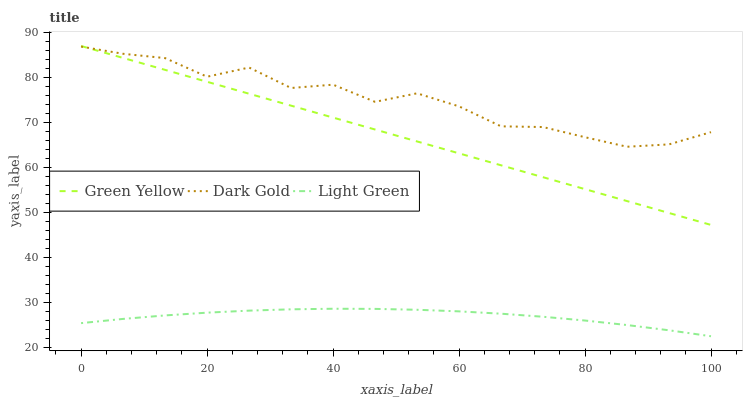
| xaxis_label | Green Yellow | Dark Gold | Light Green |
 | --- | --- | --- | --- |
 | 0 | 87 | 86.9 | 25.4 |
 | 6.67 | 84.3 | 85.3 | 26.3 |
 | 13.3 | 81.7 | 84.3 | 27.1 |
 | 20 | 79 | 80.2 | 27.7 |
 | 26.7 | 76.4 | 82.2 | 28.2 |
 | 33.3 | 73.7 | 77.7 | 28.5 |
 | 40 | 71.1 | 78.4 | 28.6 |
 | 46.7 | 68.4 | 74.6 | 28.6 |
 | 53.3 | 65.8 | 76.5 | 28.4 |
 | 60 | 63.1 | 73.6 | 28 |
 | 66.7 | 60.5 | 69.1 | 27.5 |
 | 73.3 | 57.8 | 69 | 26.8 |
 | 80 | 55.2 | 66.7 | 26 |
 | 86.7 | 52.5 | 64.6 | 25 |
 | 93.3 | 49.9 | 65.1 | 23.8 |
 | 100 | 47.2 | 67.9 | 22.5 |